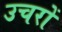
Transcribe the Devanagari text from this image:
उचरों